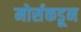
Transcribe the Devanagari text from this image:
मोर्सकडून